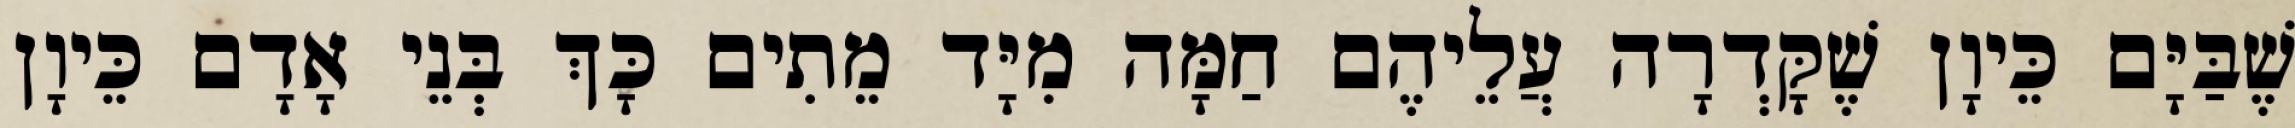
שֶׁבַּיָּם כֵּיוָן שֶׁקָּדְרָה עֲלֵיהֶם חַמָּה מִיָּד מֵתִים כָּךְ בְּנֵי אָדָם כֵּיוָן